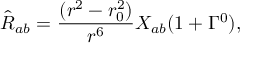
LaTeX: \hat { R } _ { a b } = \frac { ( r ^ { 2 } - r _ { 0 } ^ { 2 } ) } { r ^ { 6 } } X _ { a b } ( 1 + \Gamma ^ { 0 } ) ,